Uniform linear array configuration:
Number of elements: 64
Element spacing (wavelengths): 1
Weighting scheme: blackman
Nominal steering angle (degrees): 45
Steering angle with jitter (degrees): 43.624
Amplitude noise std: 0.05
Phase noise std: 0.05

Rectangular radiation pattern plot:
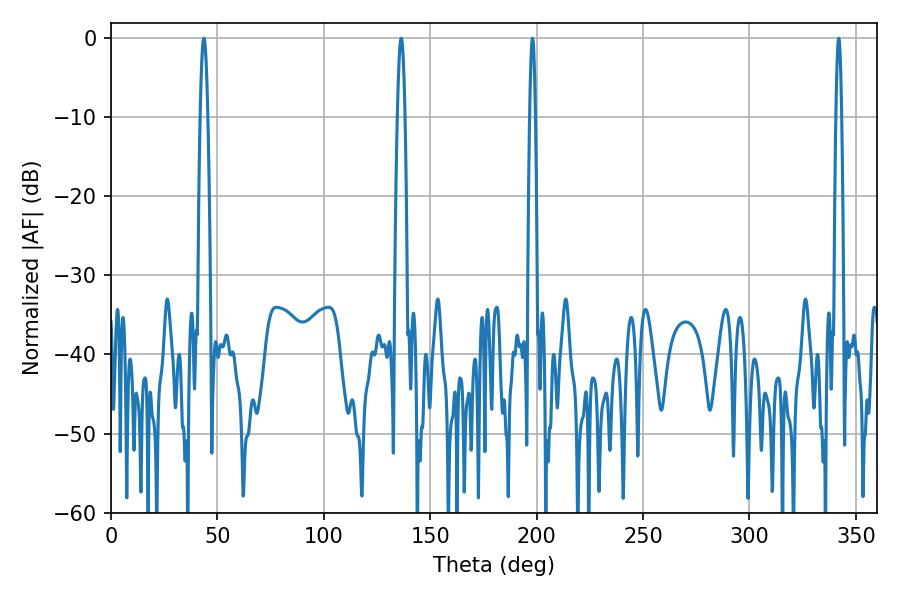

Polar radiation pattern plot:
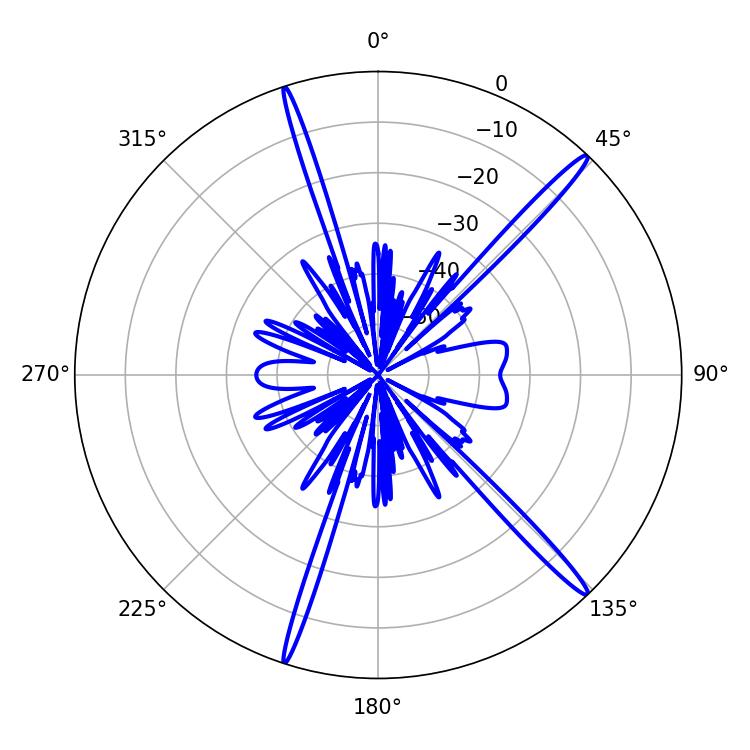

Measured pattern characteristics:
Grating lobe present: TRUE
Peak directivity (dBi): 17.63
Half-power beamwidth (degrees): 1.44
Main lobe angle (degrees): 342